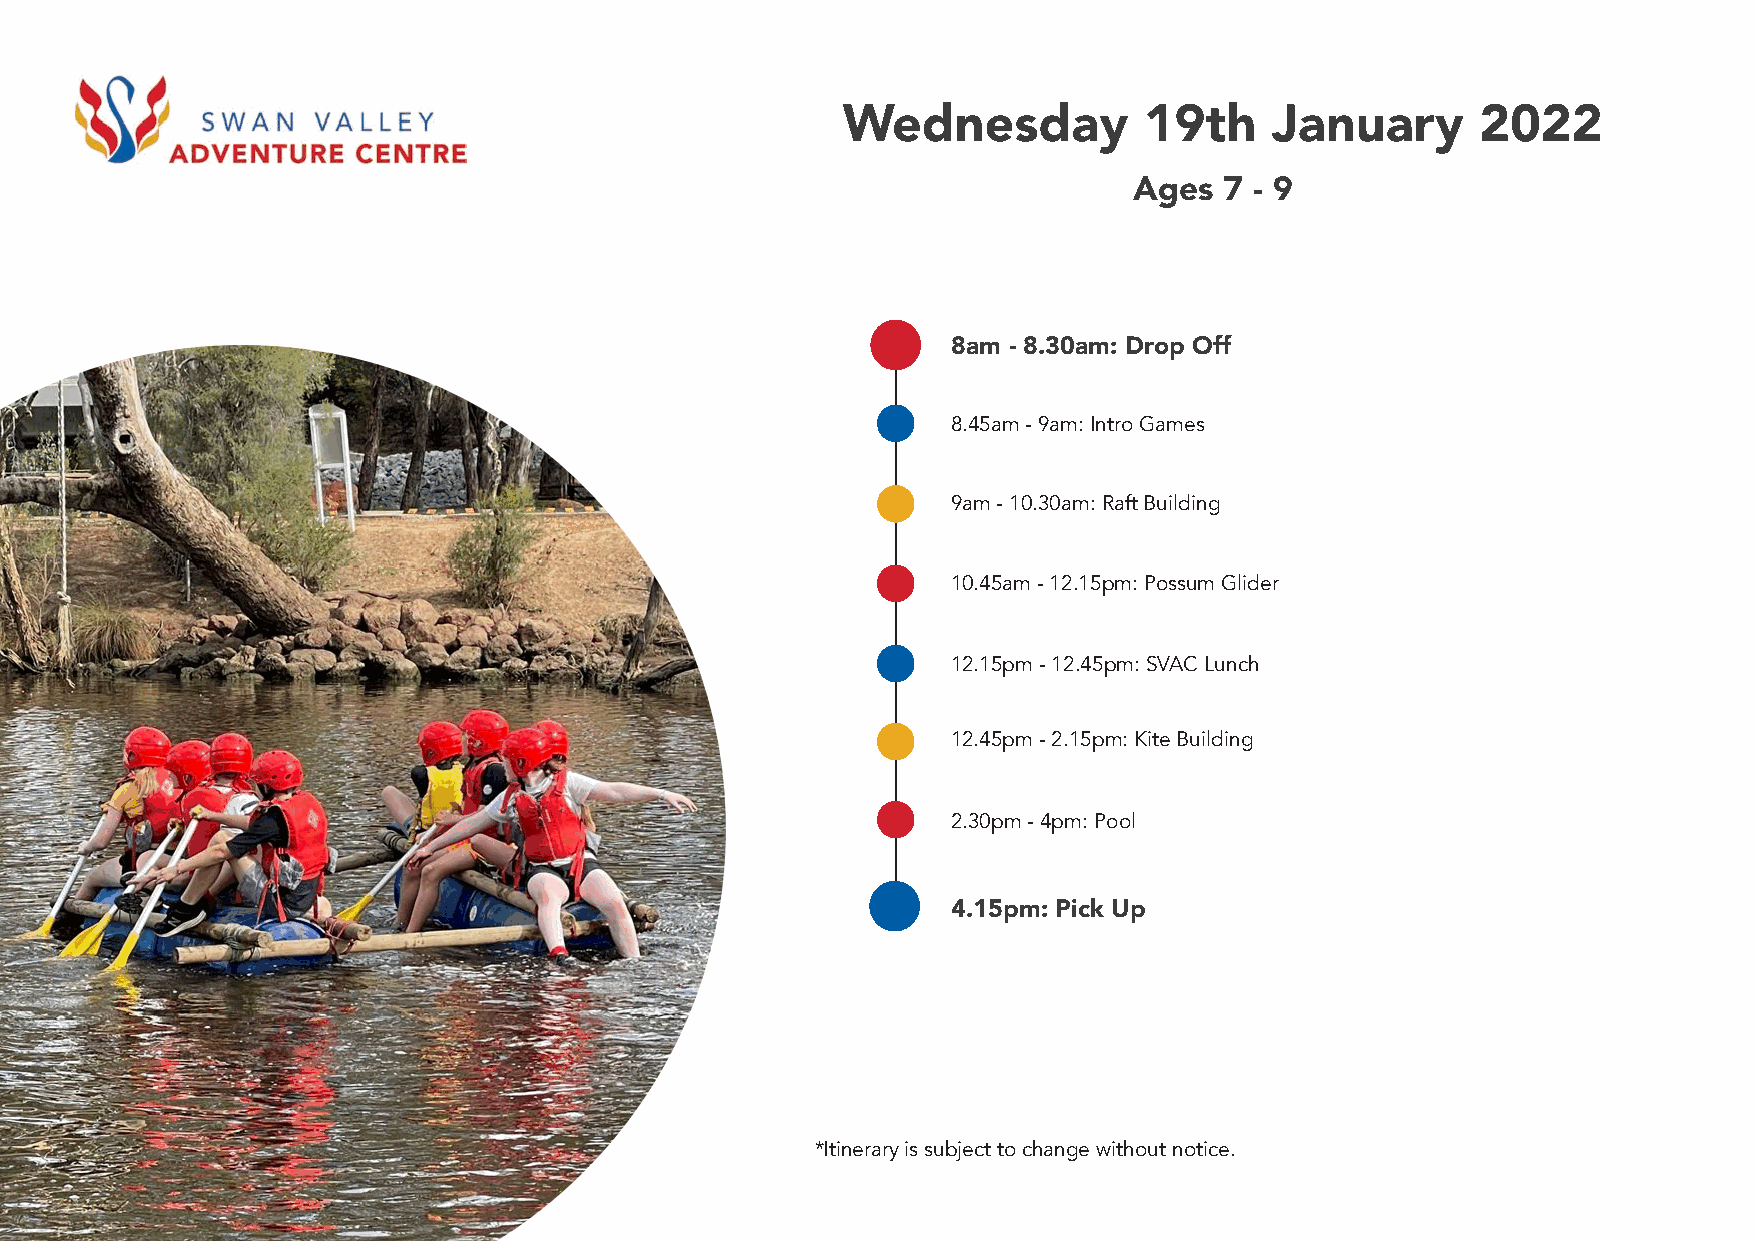
Wednesday           19th    January       2022
 Ages  7 - 9
 8am - 8.30am: Drop Off
 8.45am - 9am: Intro Games
 9am - 10.30am: Raft Building
 10.45am - 12.15pm: Possum Glider
 12.15pm - 12.45pm: SVAC Lunch
 12.45pm - 2.15pm: Kite Building
 2.30pm - 4pm: Pool
 4.15pm: Pick Up
 *Itinerary is subject to change without notice.